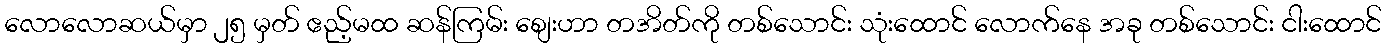
လောလောဆယ်မှာ ၂၅ မှတ် ဧည့်မထ ဆန်ကြမ်း စျေးဟာ တအိတ်ကို တစ်သောင်း သုံးထောင် လောက်နေ အခု တစ်သောင်း ငါးထောင်